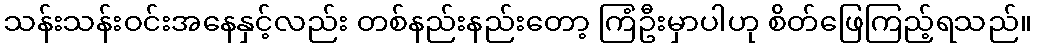
သန်းသန်းဝင်းအနေနှင့်လည်း တစ်နည်းနည်းတော့ ကြံဦးမှာပါဟု စိတ်ဖြေကြည့်ရသည်။